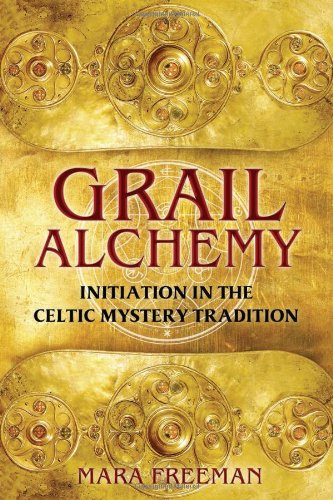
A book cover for Grail Alchemy: Initiation in the Celtic Mystery Tradition; Mara Freeman; Religion & Spirituality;